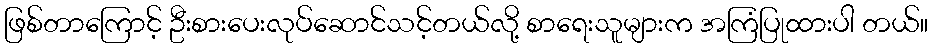
ဖြစ်တာကြောင့် ဦးစားပေးလုပ်ဆောင်သင့်တယ်လို့ စာရေးသူများက အကြံပြုထားပါ တယ်။